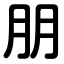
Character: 朋